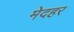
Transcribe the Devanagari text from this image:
मेदहर